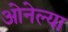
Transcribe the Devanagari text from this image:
ओनेल्या